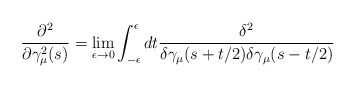
\begin{align*}\frac{\partial ^2}{\partial \gamma _\mu ^2 (s)} = \lim_{\epsilon \rightarrow 0}\int_{-\epsilon }^{\epsilon }dt\frac{\delta ^2 }{\delta \gamma _\mu(s + t/2)\delta \gamma _\mu (s - t/2)}\end{align*}